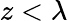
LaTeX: z<\lambda